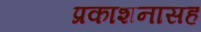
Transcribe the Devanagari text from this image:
प्रकाशनासह